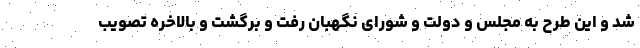
شد و این طرح به مجلس و دولت و شورای نگهبان رفت و برگشت و بالاخره تصویب